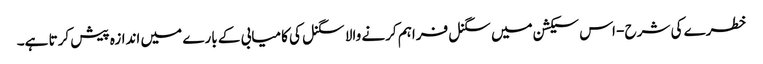
خطرے کی شرح - اس سیکشن میں سگنل فراہم کرنے والا سگنل کی کامیابی کے بارے میں اندازہ پیش کرتا ہے۔